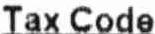
TAX CODE